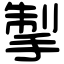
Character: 掣